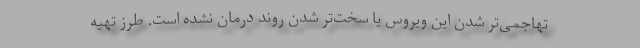
تهاجمی‌تر شدن این ویروس یا سخت‌تر شدن روند درمان‌ نشده است. طرز تهیه